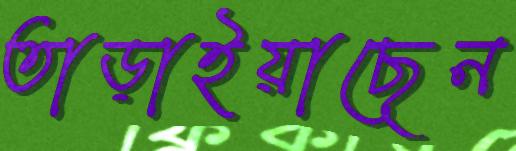
তাড়াইয়াছেন